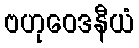
ဗဟုဝေဒနီယံ